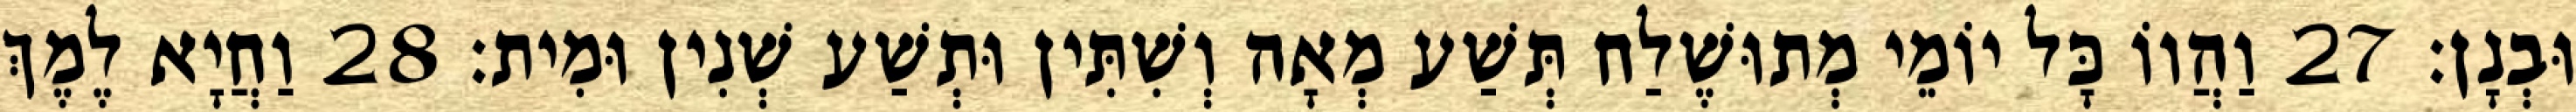
וּבְנָן׃ 27 וַהֲווֹ כָּל יוֹמֵי מְתוּשֶׁלַח תְּשַׁע מְאָה וְשִׁתִּין וּתְשַׁע שְׁנִין וּמִית׃ 28 וַחֲיָא לֶמֶךְ